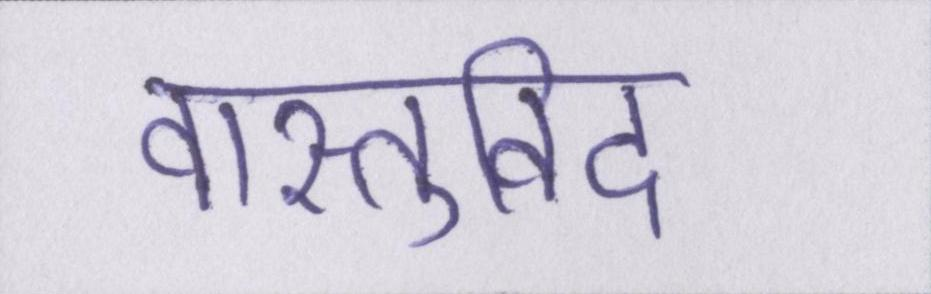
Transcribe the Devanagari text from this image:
वास्तुविद